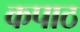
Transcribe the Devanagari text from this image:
कपाठ